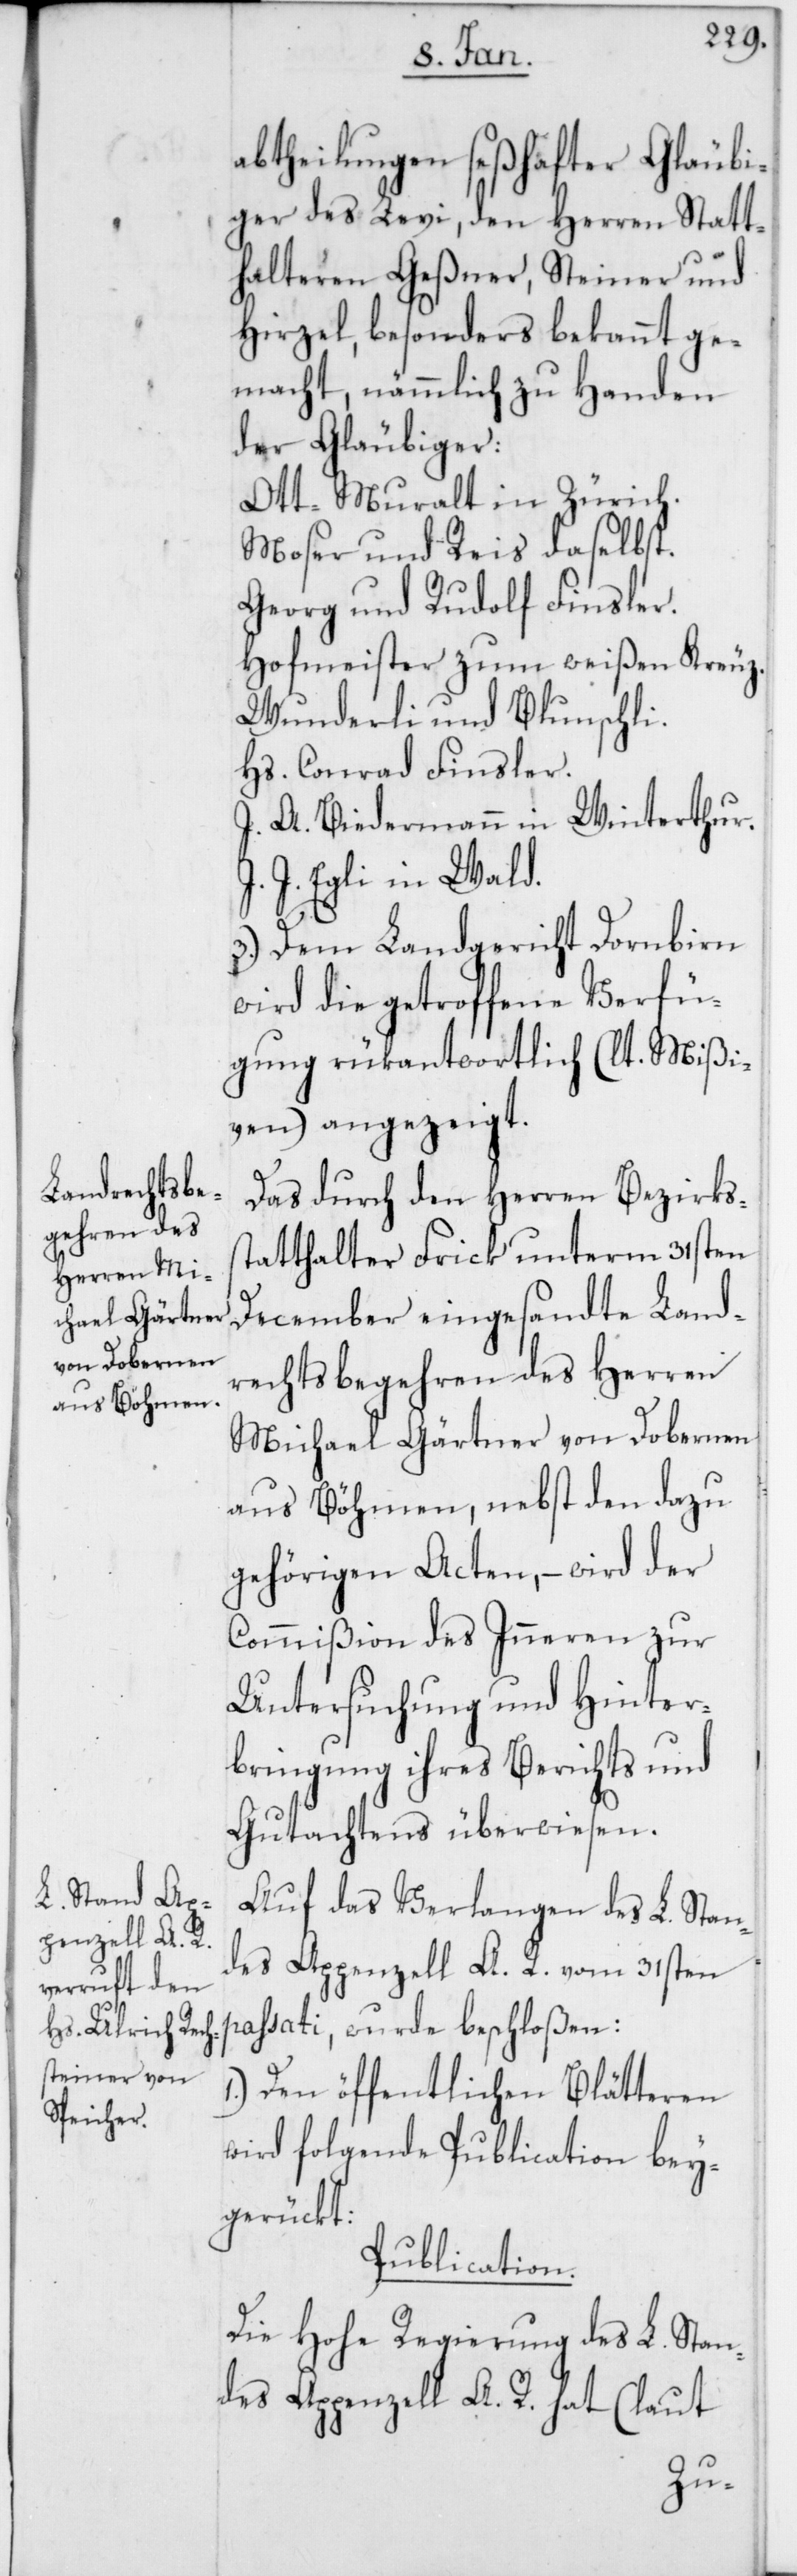
abtheilungen seßhafter Gläubi¬
ger des Levi, den Herren Statt¬
halteren Geßner, Steiner und
Hirzel, besonders bekannt ge¬
macht, nämmlich zu Handen
der Gläubiger:
Ott-Muralt in Zürich.
Moser & Reis daselbst.
Georg und Rudolf Finsler.
Hofmeister zum weissen Kreuz.
Wunderli & Blunschli.
Hs. Conrad Finsler.
J. A. Biedermann in Winterthur.
J. Egli in Wald.
3.) Dem Landgericht Dornbirn
wird die getroffene Verfü¬
gung rükantwortlich (lt. Mißi¬
ven) angezeigt.
Das durch den Herren Bezirkss¬
tatthalter Frick unterm 31sten
December eingesandte Land¬
rechtsbegehren des Herren
Michael Gärtner von Dobernen
aus Böhmen, nebst den dazu
gehörigen Acten, – wird der
Commißion des Inneren zur
Untersuchung und Hinter¬
bringung ihres Berichts und
Gutachtens überwiesen.
Auf das Verlangen des L. Stan¬
des Appenzell A. R. vom 31sten
passati, wurde beschloßen:
1.) Den öffentlichen Blätteren
wird folgende Publication bey¬
gerückt:
Publication.
Die Hohe Regierung des L. Stan¬
des Appenzell A. R. hat (laut